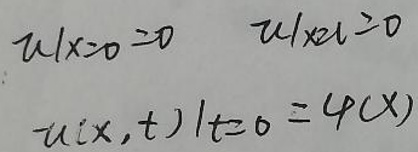
$u | _ { x \to 0 } = 0 \quad u | _ { x \to l } = 0$

$u ( x, t ) | _ { t = 0 } = \varphi ( x )$